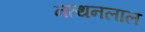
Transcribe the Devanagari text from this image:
नत्थनलाल